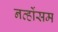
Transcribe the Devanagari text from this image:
नर्व्होसम